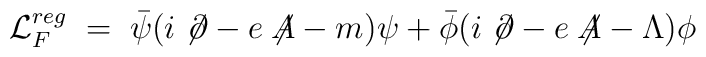
{\mathcal L}^{reg}_F\;=\; {\bar\psi} (i \not\! \partial - e \not \!\!A - m ) \psi+  {\bar\phi} (i \not\! \partial - e \not \!\!A - \Lambda) \phi